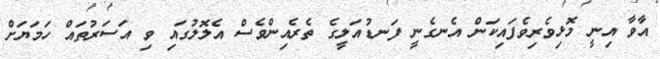
އާވާ އިނީ މޮޅިވެރިވެފައިކަން އެނގެނީ ފަނޑުއަލީގެ ތެރެއިންވެސް އެލޮލުގައި ވި އަސަރުތައް ހަމަޔަށް